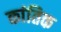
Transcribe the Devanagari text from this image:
कांतिक